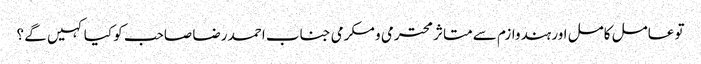
تو عامل کامل اور ہندوازم سے متاثر محترمی و مکرمی جناب احمد رضا صاحب کو کیا کہیں گے ؟